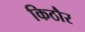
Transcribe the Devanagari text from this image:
किठौर